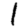
Digit: 1